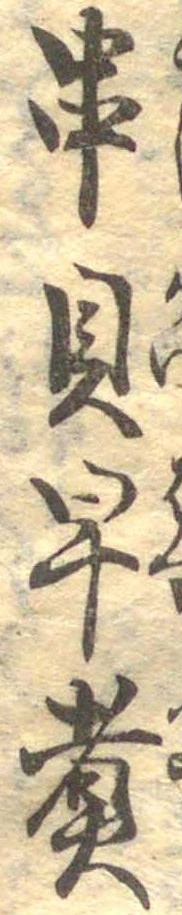
串貝早煮